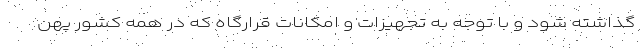
گذاشته شود و با توجه به تجهیزات و امکانات قرارگاه که در همه کشور پهن